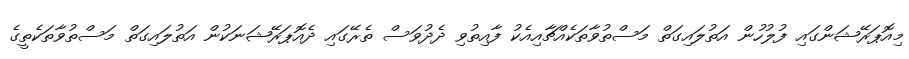
މިއޮޕަރޭޝަންގައި ފުލުހުން އަތުލައިގަތް މަސްތުވާތަކެއްޗާއިއެކު ފާއިތުވި ދެދުވަސް ތެރޭގައި ދެއޮޕަރޭޝަނަކުން އަތުލައިގަތް މަސްތުވާތަކެތީގެ